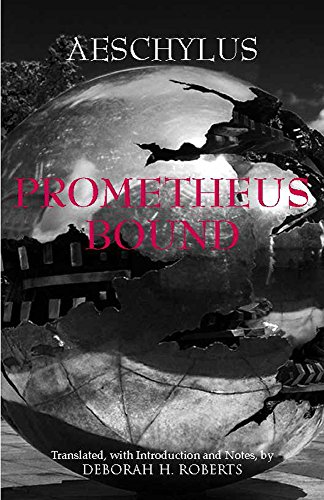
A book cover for Prometheus Bound (Hackett Classics); Aeschylus; Literature & Fiction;